Leaving Certificate Examination (including Day School Certificate (Higher) General paper), 1934
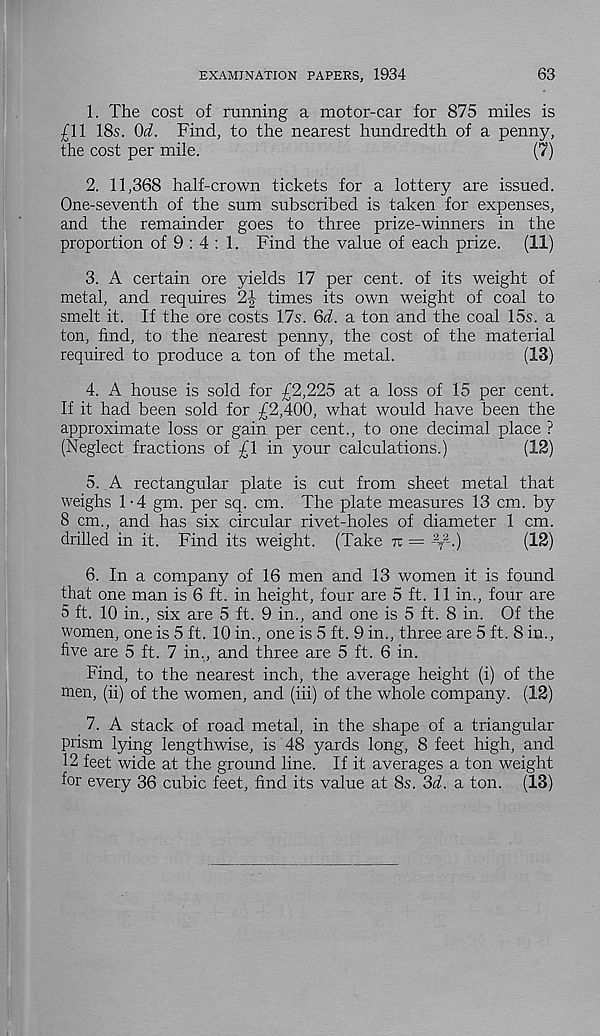
EXAMINATION PAPERS, 1934
63
1. The cost of running a motor-car for 875 miles is
£11 18s. tid. Find, to the nearest hundredth of a penny,
the cost per mile.
(7)
2. 11,368 half-crown tickets for a lottery are issued.
One-seventh of the sum subscribed is taken for expenses,
and the remainder goes to three prize-winners in the
proportion of 9 : 4 : 1. Find the value of each prize.
(11)
3. A certain ore yields 17 per cent, of its weight of
metal, and requires 2| times its own weight of coal to
smelt it. If the ore costs 17s. Qd. a ton and the coal 15s. a
ton, find, to the nearest penny, the cost of the material
required to produce a ton of the metal.
(13)
4. A house is sold for £2,225 at a loss of 15 per cent.
If it had been sold for £2,400, what would have been the
approximate loss or gain per cent., to one decimal place ?
(Neglect fractions of £1 in your calculations.)
(12)
5. A rectangular plate is cut from sheet metal that
weighs 1-4 gm. per sq. cm. The plate measures 13 cm. by
8 cm., and has six circular rivet-holes of diameter 1 cm.
drilled in it. Find its weight. (Take tx — - 2
T
2 -.)
(12)
6. In a company of 16 men and 13 women it is found
that one man is 6 ft. in height, four are 5 ft. 11 in., four are
5 ft. 10 in., six are 5 ft. 9 in., and one is 5 ft. 8 in. Of the
women, one is 5 ft. 10 in., one is 5 ft. 9 in., three are 5 ft. 8 in.,
five are 5 ft. 7 in., and three are 5 ft. 6 in.
Find, to the nearest inch, the average height (i) of the
men, (ii) of the women, and (in) of the whole company. (12)
7. A stack of road metal, in the shape of a triangular
prism lying lengthwise, is 48 yards long, 8 feet high, and
12 feet wide at the ground line. If it averages a ton weight
for every 36 cubic feet, find its value at 8s. 3d. a ton. (13)